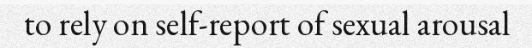
to rely on self-report of sexual arousal